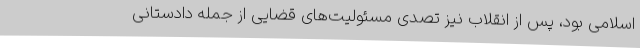
اسلامی بود، پس از انقلاب نیز تصدی مسئولیت‌های قضایی از جمله دادستانی